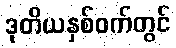
ဒုတိယနှစ်ဝက်တွင်